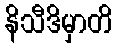
နိသီဒိမှာတိ